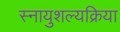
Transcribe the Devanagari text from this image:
स्नायुशल्यक्रिया